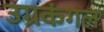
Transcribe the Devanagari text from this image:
उग्रकंगल